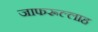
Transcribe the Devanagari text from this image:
जाफरूल्लाह